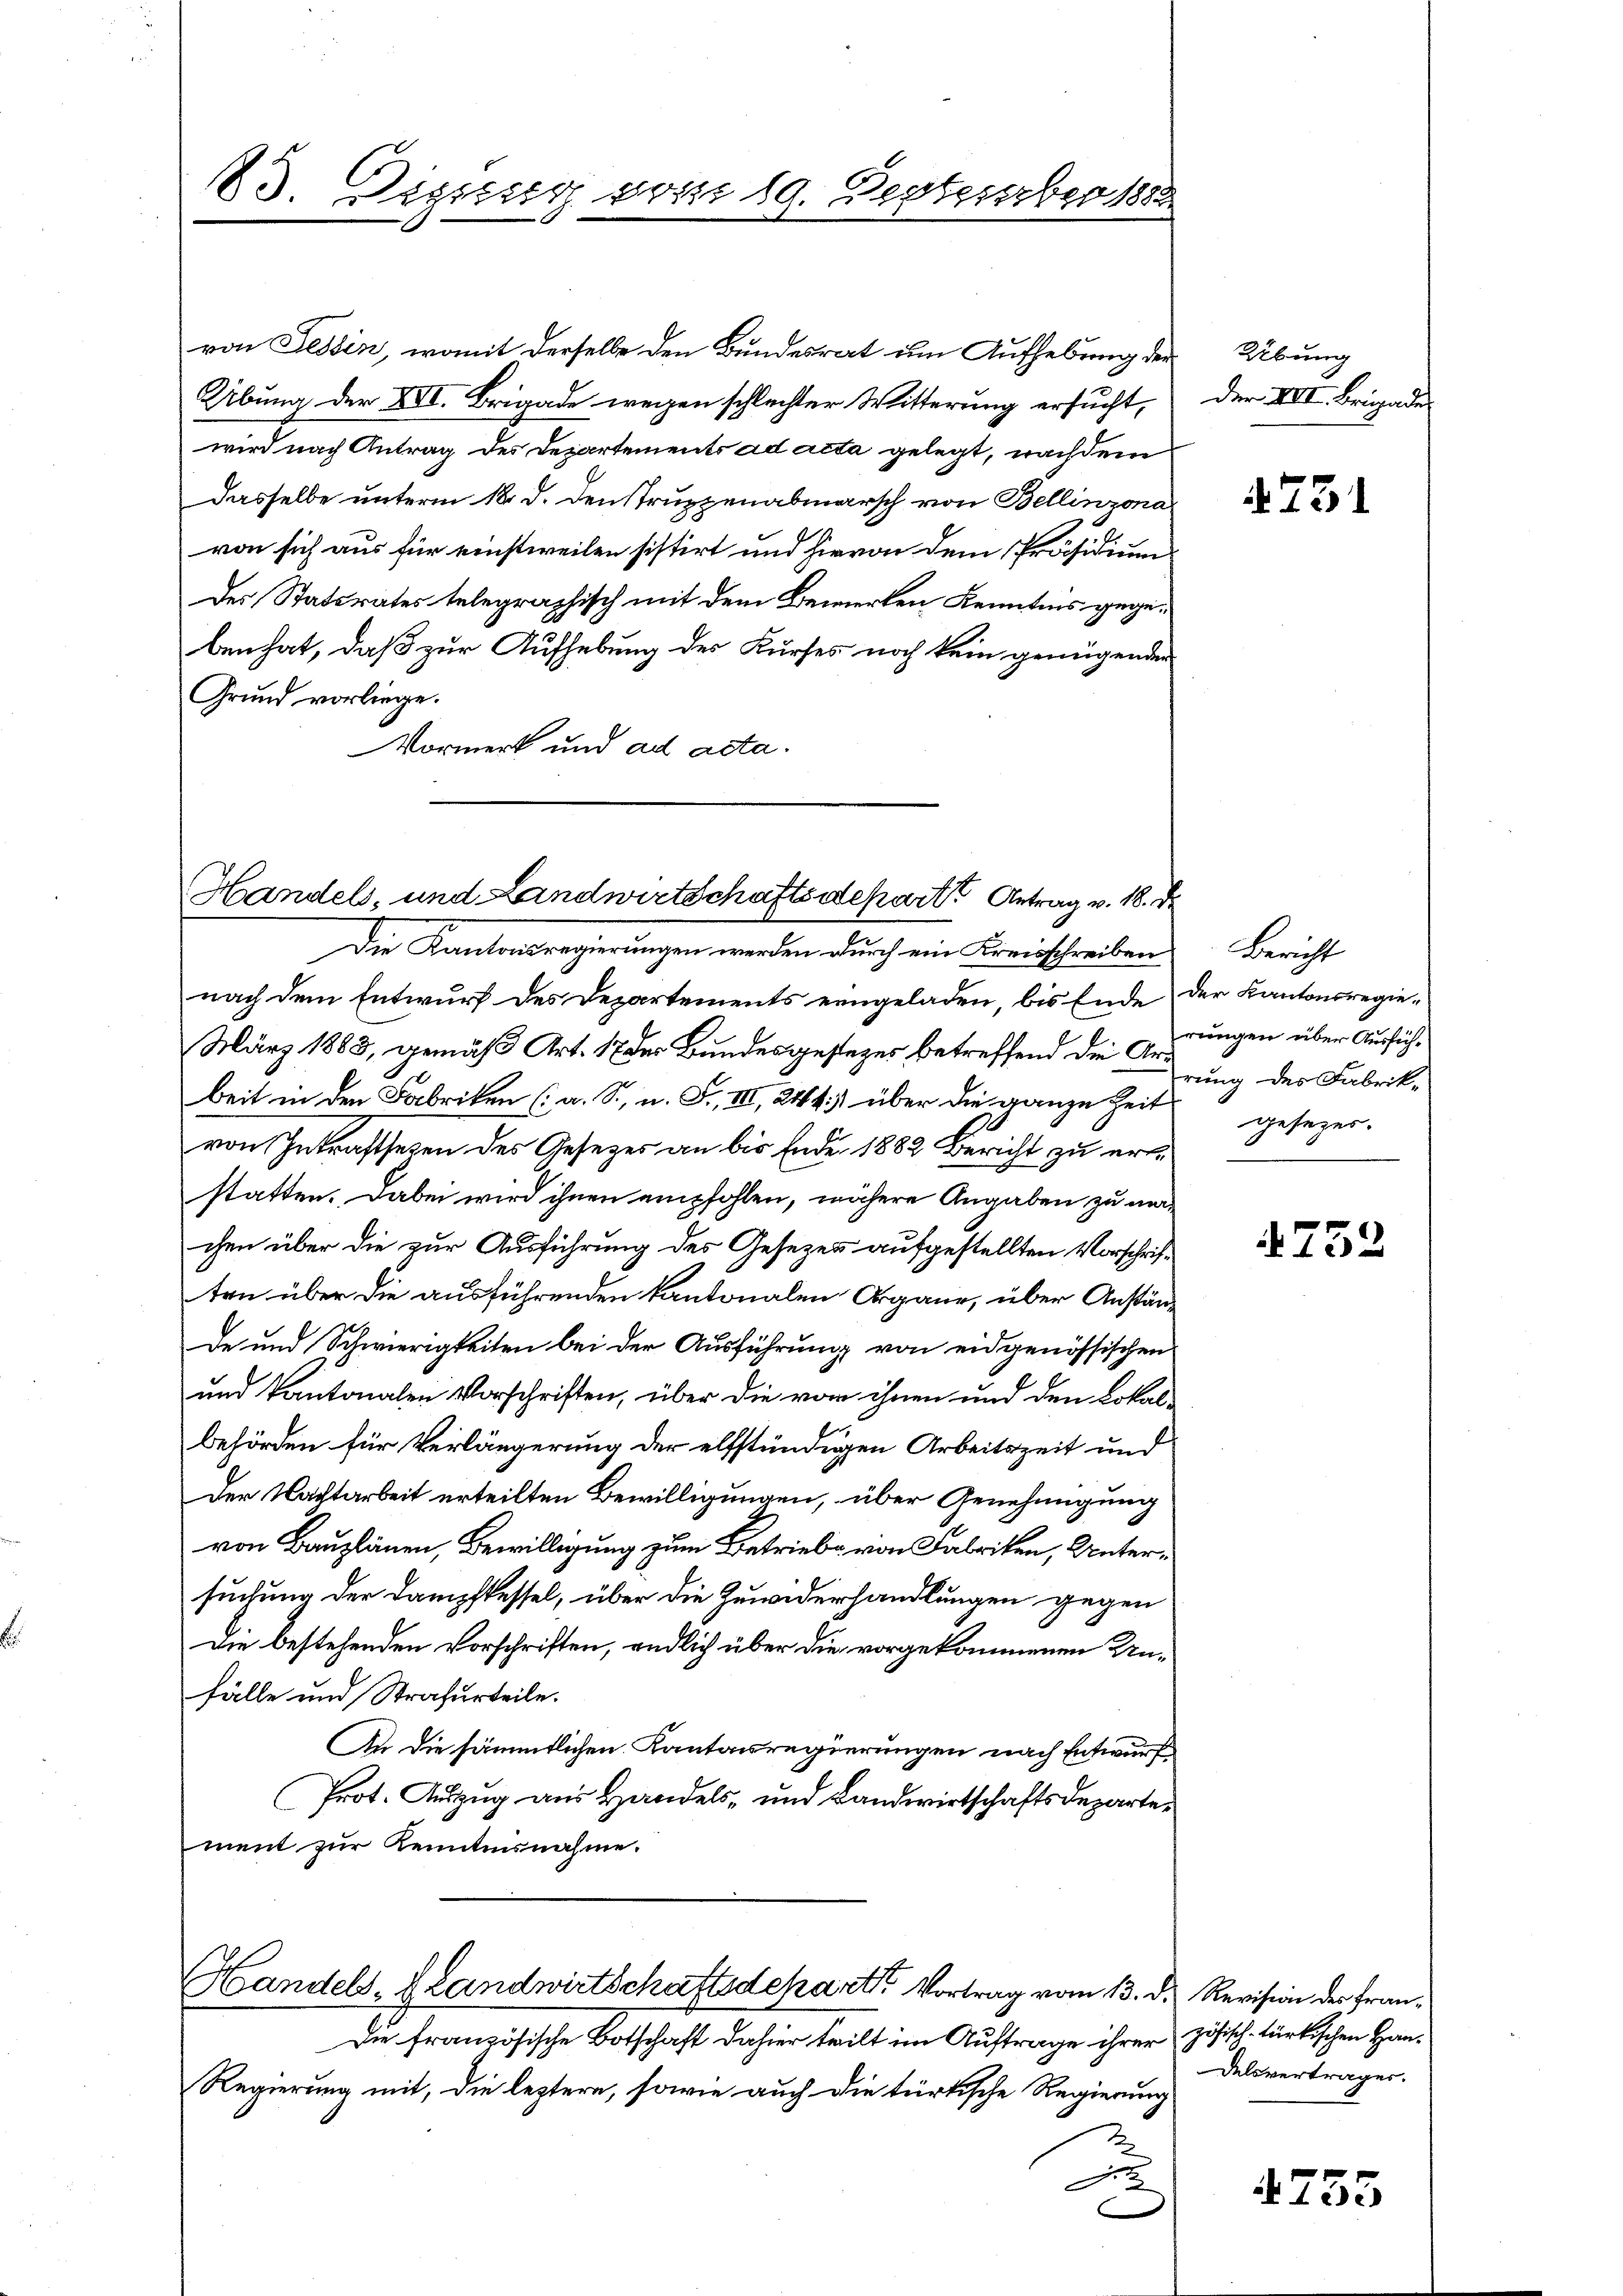
23. Dieses vom 19. Depreserber 188

von Tessin, womit derselbe den Bundesrat um Aufhebung der
Übung der XVI. Brigade wegen schlechter Witterung ersucht,
wird nach Antrag des Departements ad acta gelegt, nachdem
Dasselbe unterm 18. d. den Truppenabmarsch von Bellinzona
von sich aus für einstweilen sistirt und hievon dem Präsidium
des Statsrates telegraphisch mit dem Bewerken Kenntnis gegeben hat, daß zur Aufhebung des Kurses noch kein genügenden
Grund vorliege.
Vormerk und ad acta.

Handels, und Landwirtschaftsdeparte Antrag v. 18. d.
Die Kantonsregierungen werden durch ein Kreisschreiben Bericht

nach dem Entwurf des Departements eingeladen, bis Ende der Kantonsregie¬
März 1883, gemäß Art. 17 des Bundesgestezes betreffend die Arbeit in den Fabriken (a. S., n. F., III, 244) über die ganze Zeit gesezes-
von Inkraftsetzen des Gesezes an bis Ende 1882 Bericht zu ert
statten. Dabei wird ihnen empfohlen, nähere Angaben zu anchen über die zur Ausführung des Gesezen aufgestellten Vorschriften über die ausführenden kantonalen Organe, über Anständ
de und Schwierigkeiten bei der Ausführung von eidgenössischen
und kantonalen Vorschriften, über die von ihnen und den Lokal-
behörden für Verlängerung der elfstündigen Arbeitszeit und
Der Nachtarbeit erteilten Bewilligungen, über Genehmigung
von Bauplänen, Bewilligung zum Betriebe von Fabriken, Untersuchung der Dampfkessel, über die Zuwiderhandlungen gegen
Die bestehenden Vorschriften, endlich über die vorgekommenen Unfälle und Strafurteile.
An die sämmtlichen Kantonsregierungen nach Entwurf,
Prot. Auszug aus Handels- und Landwirtschaftsdepartement zur Kenntnisnahme.

Handels- & Landwirtschaftsdekarte Vortrag vom 13. d. Revision der Fran¬

Die französische Botschaft dahier teilt im Auftrage ihrer zösisch-türkischen Han¬
Regierung mit, die leztere, sowie auch die türkische Regierung
.

Übung
Der VII. Brigade

731

rungen über Ausführung des Fabrik-

752

delsvertrages.

4753